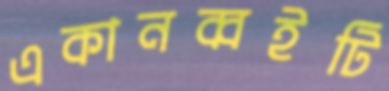
একানব্বইটি